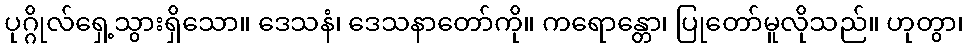
ပုဂ္ဂိုလ်ရှေ့သွားရှိသော။ ဒေသနံ၊ ဒေသနာတော်ကို။ ကရောန္တော၊ ပြုတော်မူလိုသည်။ ဟုတွာ၊